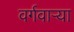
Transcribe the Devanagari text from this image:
वर्गवार्‍या